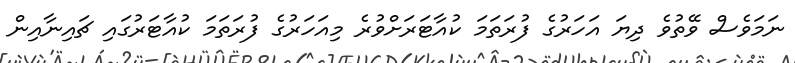
ނަމަވެސް ވޭތުވެ ދިޔަ އަހަރުގެ ފުރަތަމަ ކުއާޓަރަށްވުރެ މިއަހަރުގެ ފުރަތަމަ ކުއާޓަރުގައި ޗައިނާއިން